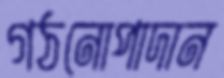
গঠনোপাদান